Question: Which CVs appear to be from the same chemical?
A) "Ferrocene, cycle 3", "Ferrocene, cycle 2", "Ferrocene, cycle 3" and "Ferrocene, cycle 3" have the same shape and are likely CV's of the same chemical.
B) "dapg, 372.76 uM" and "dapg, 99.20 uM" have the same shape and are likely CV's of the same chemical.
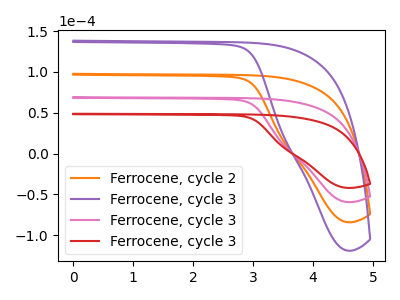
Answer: <think>The orange curve "Ferrocene, cycle 2" has no peaks. The purple curve "Ferrocene, cycle 3" has no peaks. The pink curve "Ferrocene, cycle 3" has no peaks. The red curve "Ferrocene, cycle 3" has no peaks.
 Neither "Ferrocene, cycle 2" or "Ferrocene, cycle 3" have any peaks. Neither "Ferrocene, cycle 2" or "Ferrocene, cycle 3" have any peaks. Neither "Ferrocene, cycle 2" or "Ferrocene, cycle 3" have any peaks. Neither "Ferrocene, cycle 3" or "Ferrocene, cycle 3" have any peaks. Neither "Ferrocene, cycle 3" or "Ferrocene, cycle 3" have any peaks. Neither "Ferrocene, cycle 3" or "Ferrocene, cycle 3" have any peaks.</think>
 <answer>A) "Ferrocene, cycle 3", "Ferrocene, cycle 2", "Ferrocene, cycle 3" and "Ferrocene, cycle 3" have the same shape and are likely CV's of the same chemical.</answer>
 <eval>A</eval>